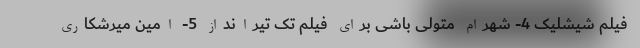
فیلم شیشلیک 4- شهرام متولی باشی برای فیلم تک تیرانداز 5- امین میرشکاری